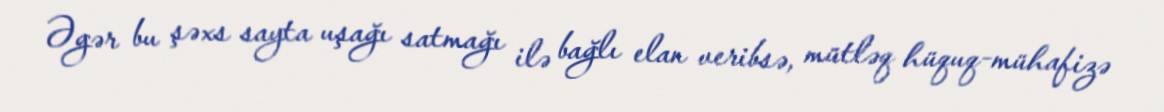
Əgər bu şəxs sayta uşağı satmağı ilə bağlı elan veribsə, mütləq hüquq-mühafizə